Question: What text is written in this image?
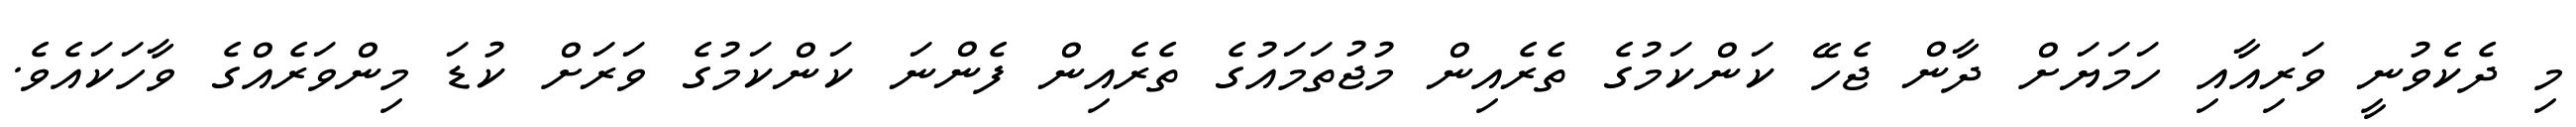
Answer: މި ދެކެވުނީ ވަރިއާއި ހަމަޔަށް ދާން ޖެހޭ ކަންކަމުގެ ތެރެއިން މުޖުތަމައުގެ ތެރެއިން ފެންނަ ކަންކަމުގެ ވަރަށް ކުޑަ މިންވަރެއްގެ ވާހަކައެވެ.